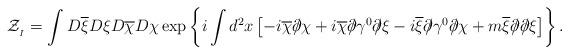
LaTeX: \begin{align*}{\cal Z}_{_I} = \int D\overline{\xi} D\xi D\overline{\chi} D\chi \exp \left\{ i \int d ^2 x \left[ -i \overline{\chi} \partial\!\!\!/ \chi + i \overline{\chi} \partial\!\!\!/ \gamma^0 \partial\!\!\!/ \xi - i \overline{\xi} \partial\!\!\!/ \gamma^0 \partial\!\!\!/ \chi + m \overline{\xi} \partial\!\!\!/ \partial\!\!\!/ \xi \right] \right\}.\end{align*}